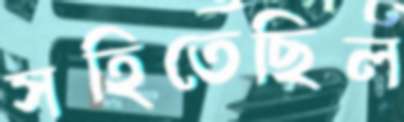
সহিতেছিল